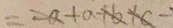
= - a + a + b + c -